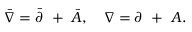
\bar { \nabla } = \bar { \partial } ~ + ~ \bar { A } , ~ ~ ~ \nabla = \partial ~ + ~ A .